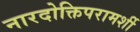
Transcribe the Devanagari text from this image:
नारदोक्तिपरामर्शी